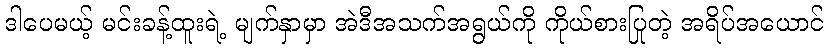
ဒါပေမယ့် မင်းခန့်ထူးရဲ့ မျက်နှာမှာ အဲဒီအသက်အရွယ်ကို ကိုယ်စားပြုတဲ့ အရိပ်အယောင်